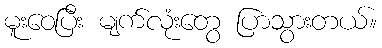
မူးဝေပြီး မျက်လုံးတွေ ပြာသွားတယ်။